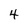
Character: 4